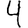
Digit: 4